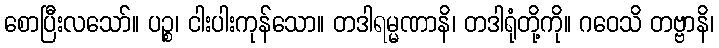
စောပြီးလသော်။ ပဉ္စ၊ ငါးပါးကုန်သော။ တဒါရမ္မဏာနိ၊ တဒါရုံတို့ကို။ ဂဝေသိ တဗ္ဗာနိ၊